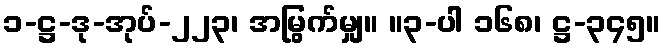
၁-ဋ္ဌ-ဒု-အုပ်-၂၂၃၊ အမြွက်မျှ။ ။၃-ပါ ၁၆၈၊ ဋ္ဌ-၃၄၅။